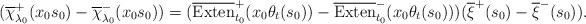
LaTeX: \begin{align*}(\overline{\chi}_{\lambda_0}^+(x_0s_0)-\overline{\chi}_{\lambda_0}^-(x_0s_0))=(\overline{\operatorname{Exten}}^+_{t_0}(x_0\theta_t(s_0))-\overline{\operatorname{Exten}}^-_{t_0}(x_0\theta_t(s_0)))(\overline{\xi}^+(s_0)-\overline{\xi}^-(s_0)).\end{align*}